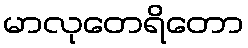
မာလုတေရိတော